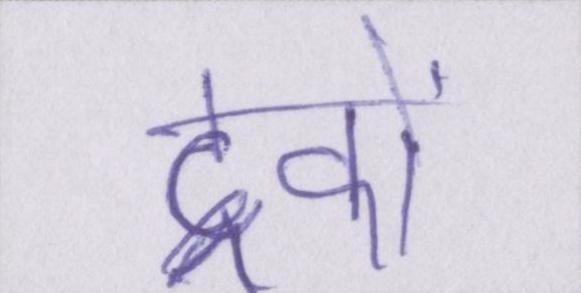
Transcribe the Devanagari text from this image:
ट्रकों